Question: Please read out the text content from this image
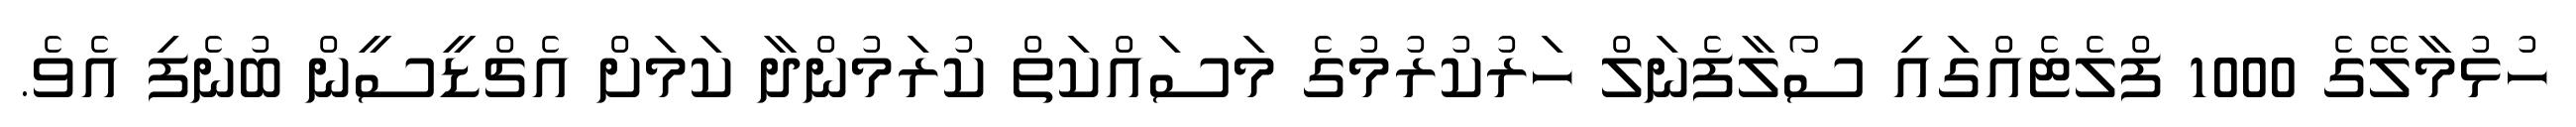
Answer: ހުޅުމާލޭގެ 1000 ފްލެޓެއްގައި ސޯލާފެނަލް ހަރުކުރުމުގެ މަސައްކަތް ކުރަމުންދާ ކަމަށް އެޗްޑީސީން ބުނެފި އެވެ.